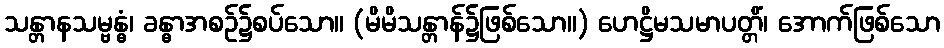
သန္တာနသမ္ဗန္ဓံ၊ ခန္ဓာအစဉ်၌စပ်သော။ (မိမိသန္တာန်၌ဖြစ်သော။) ဟေဋ္ဌိမသမာပတ္တိံ၊ အောက်ဖြစ်သော